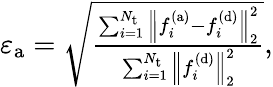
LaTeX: \begin{array}{r}{\varepsilon_{\mathrm{a}}=\sqrt{\frac{\sum_{i=1}^{N_{\mathrm{t}}}\left\| f_{i}^{\mathrm{(a)}}-f_{i}^{\mathrm{(d)}}\right\| _{2}^{2}}{\sum_{i=1}^{N_{\mathrm{t}}}\left\| f_{i}^{\mathrm{(d)}}\right\| _{2}^{2}}},}\end{array}